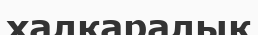
халқаралық